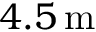
4 . 5 \, \mathrm { m }